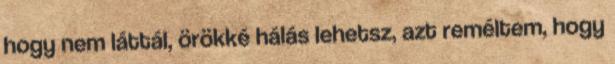
hogy nem láttál, örökké hálás lehetsz, azt reméltem, hogy